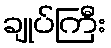
ချုပ်ကြီး